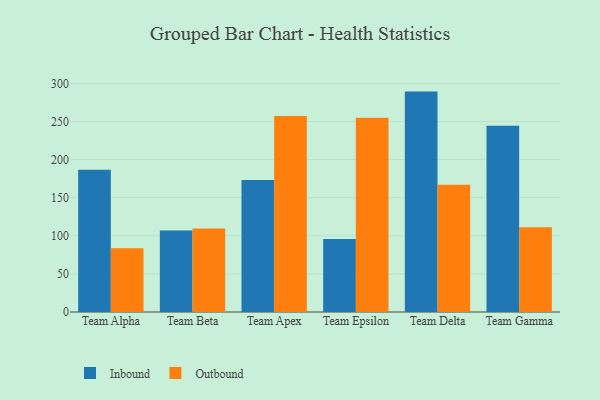
{"axis": {"x": "Team", "y": "Humidity (%)"}, "legend": ["Inbound", "Outbound"], "data": [{"x": "Team Alpha", "y": 186.8, "type": "Inbound"}, {"x": "Team Alpha", "y": 83.7, "type": "Outbound"}, {"x": "Team Beta", "y": 107.1, "type": "Inbound"}, {"x": "Team Beta", "y": 109.7, "type": "Outbound"}, {"x": "Team Apex", "y": 173.4, "type": "Inbound"}, {"x": "Team Apex", "y": 257.3, "type": "Outbound"}, {"x": "Team Epsilon", "y": 95.8, "type": "Inbound"}, {"x": "Team Epsilon", "y": 255.0, "type": "Outbound"}, {"x": "Team Delta", "y": 289.3, "type": "Inbound"}, {"x": "Team Delta", "y": 166.9, "type": "Outbound"}, {"x": "Team Gamma", "y": 244.4, "type": "Inbound"}, {"x": "Team Gamma", "y": 111.1, "type": "Outbound"}]}